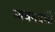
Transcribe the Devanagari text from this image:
च्यवनवंशी